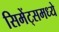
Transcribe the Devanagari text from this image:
सिमेंट्समध्ये